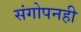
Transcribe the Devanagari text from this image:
संगोपनही